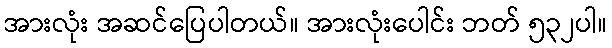
အားလုံး အဆင်ပြေပါတယ်။ အားလုံးပေါင်း ဘတ် ၅၃၂ပါ။